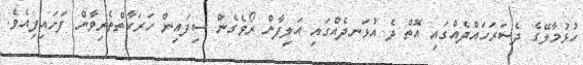
ހުޅުމާލޭގެ ދެސަރަހައްދެއްގައި އޮތް ދެ އުޅަނދެއްގައި އަލިފާން ރޯވެގެން ސިފައިން ހަރަކާތްތެރިވާން ފަށައިފިއެވެ.